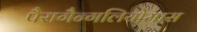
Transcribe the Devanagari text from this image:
पैरागैन्गलियोमास